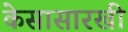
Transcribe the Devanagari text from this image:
केसासारखी